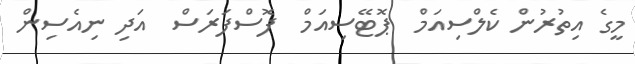
މީގެ އިތުރުން ކެލްސިއަމް  ޕޮޓޭސިއަމް  ފޮސްފަރަސް  އަދި ނިއެސިން